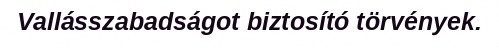
Vallásszabadságot biztosító törvények.